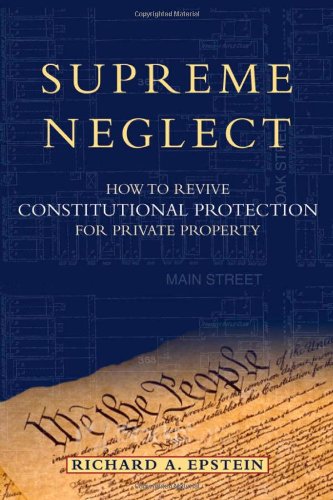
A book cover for Supreme Neglect: How to Revive Constitutional Protection For Private Property (Inalienable Rights); Richard A. Epstein; Law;